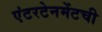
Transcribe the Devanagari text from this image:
एंटरटेनमेंटची